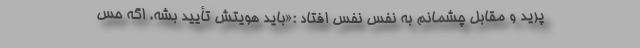
پرید و مقابل چشمانم به نفس نفس افتاد :«باید هویتش تأیید بشه. اگه حس